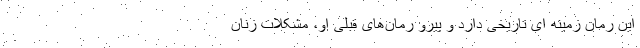
این رمان زمینه ای تاریخی دارد و پیرو رمان­های قبلی او، مشکلات زنان